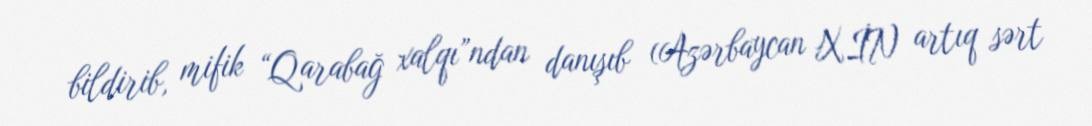
bildirib, mifik “Qarabağ xalqı”ndan danışıb (Azərbaycan XİN artıq sərt